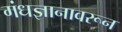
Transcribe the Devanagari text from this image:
गंधज्ञानावरून